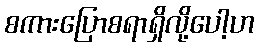
စကားပြောစရာရှိလို့ပေါ့ဟ